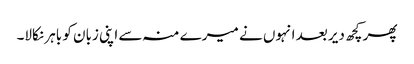
پھر کچھ دیر بعد انہوں نے میرے منہ سے اپنی زبان کو باہر نکالا۔